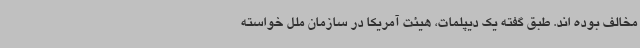
مخالف بوده اند. طبق گفته یک دیپلمات، هیئت آمریکا در سازمان ملل خواسته